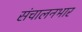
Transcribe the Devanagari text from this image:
संचालनभार